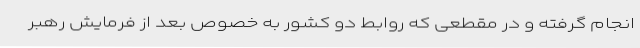
انجام گرفته و در مقطعی که روابط دو کشور به خصوص بعد از فرمایش رهبر